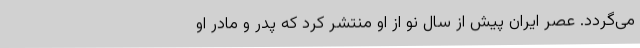
می‌گردد. عصر ایران پیش از سال نو از او منتشر کرد که پدر و مادر او